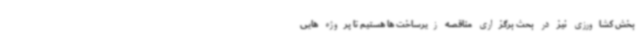
بخش کشاورزی نیز در بحث برگزاری مناقصه زیرساخت ها هستیم تا پروژه هایی